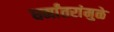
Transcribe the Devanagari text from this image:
धर्मांतरांमुळे